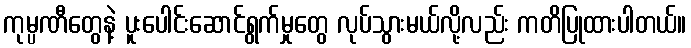
ကုမ္ပဏီတွေနဲ့ ပူးပေါင်းဆောင်ရွက်မှုတွေ လုပ်သွားမယ်လို့လည်း ကတိပြုထားပါတယ်။